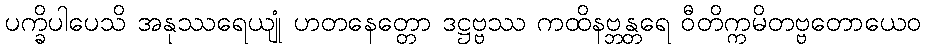
ပက္ခိပါပေသိ အနုဿရေယျုံ ဟတနေတ္တော ဒဋ္ဌဗ္ဗဿ ကထိနဗ္ဘန္တရေ ဝီတိက္ကမိတဗ္ဗတောယေဝ